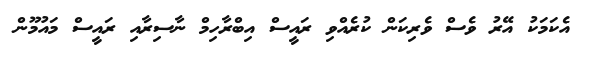
އެކަމަކު އޭރު ވެސް ވެރިކަން ކުރެއްވި ރައީސް އިބްރާހިމް ނާސިރާއި ރައީސް މައުމޫން